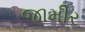
જામીર